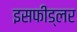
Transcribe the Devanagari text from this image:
इसफीड्लर